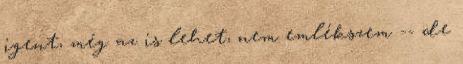
igent, még az is lehet, nem emlékszem -- de